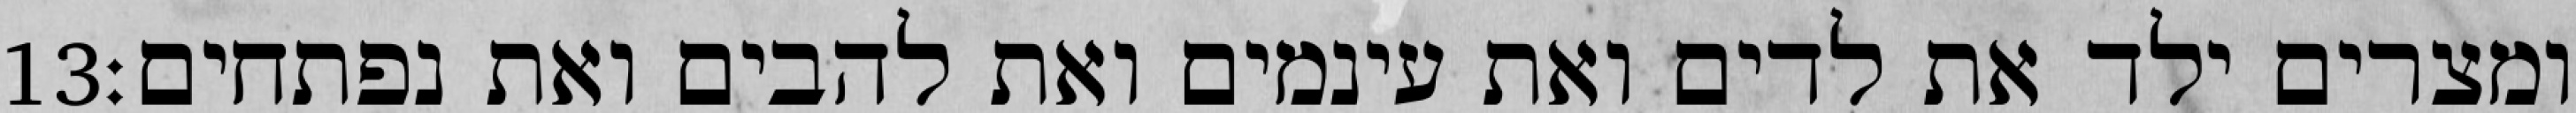
‎13‏ ומצרים ילד את לדים ואת עינמים ואת להבים ואת נפתחים׃